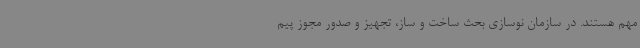
مهم هستند. در سازمان نوسازی بحث ساخت و ساز، تجهیز و صدور مجوز پیم